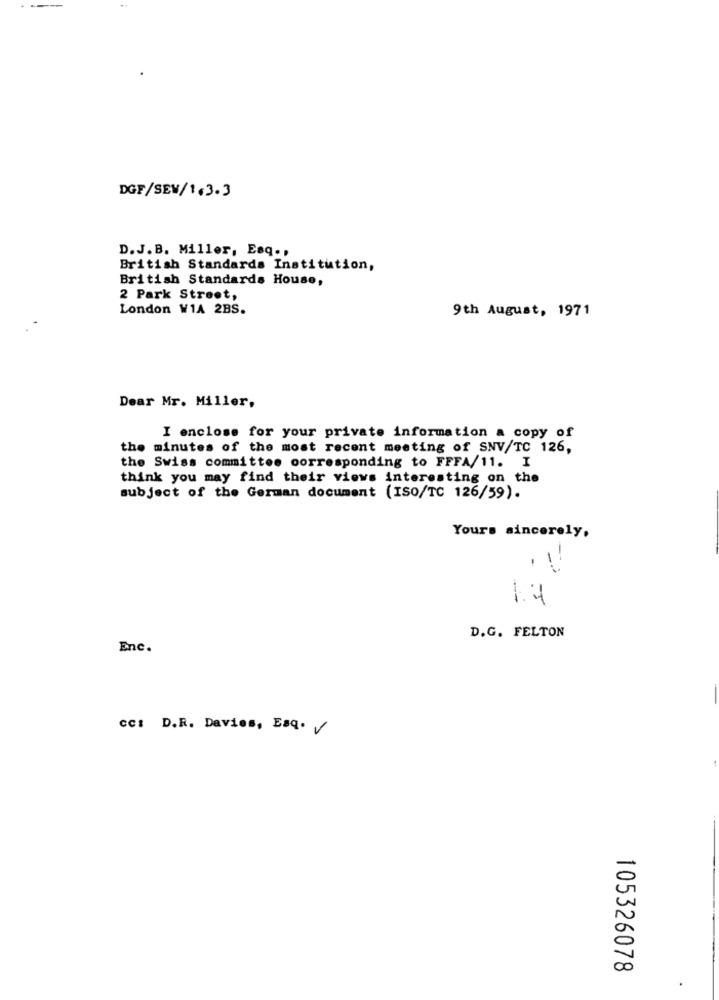
DGF/SEW/1.3.3
D. J. B. Miller, Esq .,
British Standards Institution,
British Standards House,
2 Park Street,
London W1A 2BS.
9th August, 1971
Dear Mr. Miller,
I enclose for your private information a copy of
the minutes of the most recent meeting of SNV/TC 126,
the Swiss committee corresponding to FFFA/11. I
think you may find their views interesting on the
subject of the German document (ISO/TC 126/59).
Yours sincerely.
14
D.G. FELTON
Enc.
CC: D.R. Davies, Esq. V
105326078